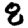
Digit: 8